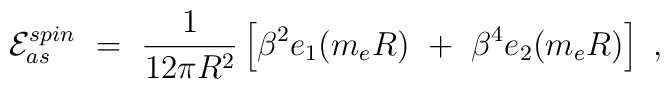
{\cal E}^{spin}_{as}\ =\ \frac{1}{12\pi R^2}\left[\beta^2 e_1(m_eR)\ +\ \beta^4 e_2(m_e R)\right]\ ,